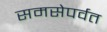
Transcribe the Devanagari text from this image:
समसेपर्वत